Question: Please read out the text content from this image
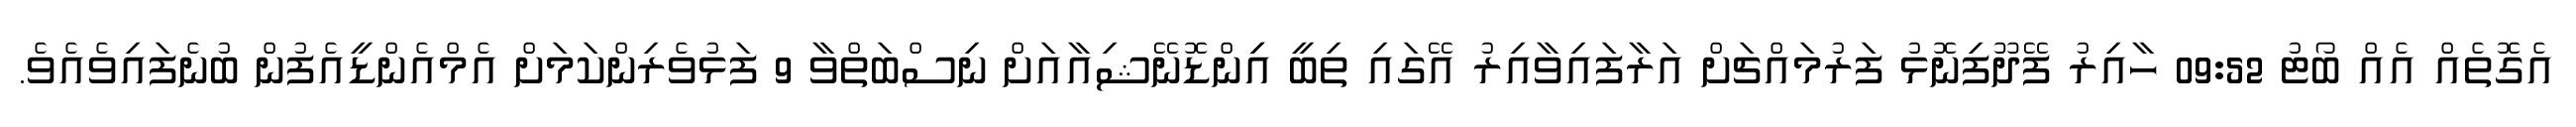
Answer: އެގޮތެއް އެއް ބޯޓު 09:52 ހާއިރު ފޭދޫފިނޮޅު ފަރުމައްޗަށް އަރާފައިވާއިރު އޭގައި ތިބީ އިިންޑޮނޭޝިއާއަށް ނިސްބަތްވާ 9 ފަޅުވެރިންކަމަށް އެމްއެންޑީއެފުން ބުނެފައިވެއެވެ.